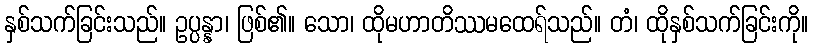
နှစ်သက်ခြင်းသည်။ ဥပ္ပန္နာ၊ ဖြစ်၏။ သော၊ ထိုမဟာတိဿမထေရ်သည်။ တံ၊ ထိုနှစ်သက်ခြင်းကို။